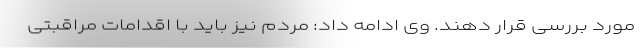
مورد بررسی قرار دهند. وی ادامه داد: مردم نیز باید با اقدامات مراقبتی